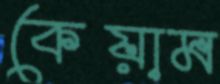
কেয়াম